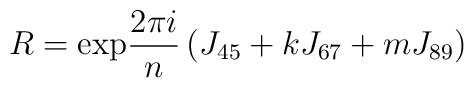
R={\mbox{exp}}\frac{2\pi i}{n}\left(J_{45}+kJ_{67}+mJ_{89}\right)